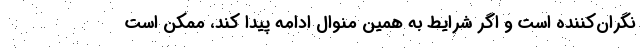
نگران‌کننده است و اگر شرایط به همین منوال ادامه پیدا کند، ممکن است